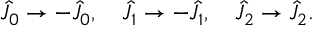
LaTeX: \hat { J } _ { 0 } \rightarrow - \hat { J } _ { 0 } , \quad \hat { J } _ { 1 } \rightarrow - \hat { J } _ { 1 } , \quad \hat { J } _ { 2 } \rightarrow \hat { J } _ { 2 } .